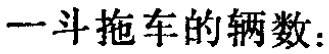
一斗拖车的辆数：